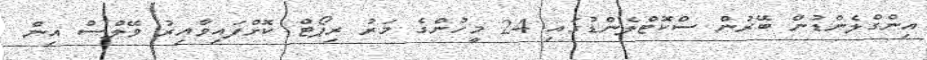
އިންގްލެންޑުން ބޭރުން ސްކޮޓްލެންޑުގައި 24 މީހުންގެ މަރު ރިޕޯޓް ކޮށްފައިވާއިރު ވޭލްސް އިން